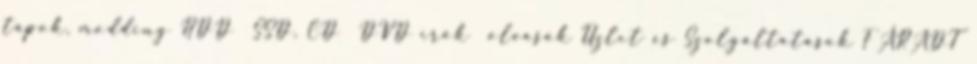
tápok, modding HDD SSD, CD DVD írók olvasók Üzlet és Szolgáltatások FÁRADT